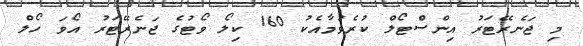
މި ޖަނެރޭޓަރު އިންސްޓޯލް ކުރެވުމާއެކު 160 ކިލޯ ވޯޓުގެ ޖަނެރޭޓަރު އޯވަ ހޯލް